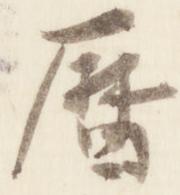
暦